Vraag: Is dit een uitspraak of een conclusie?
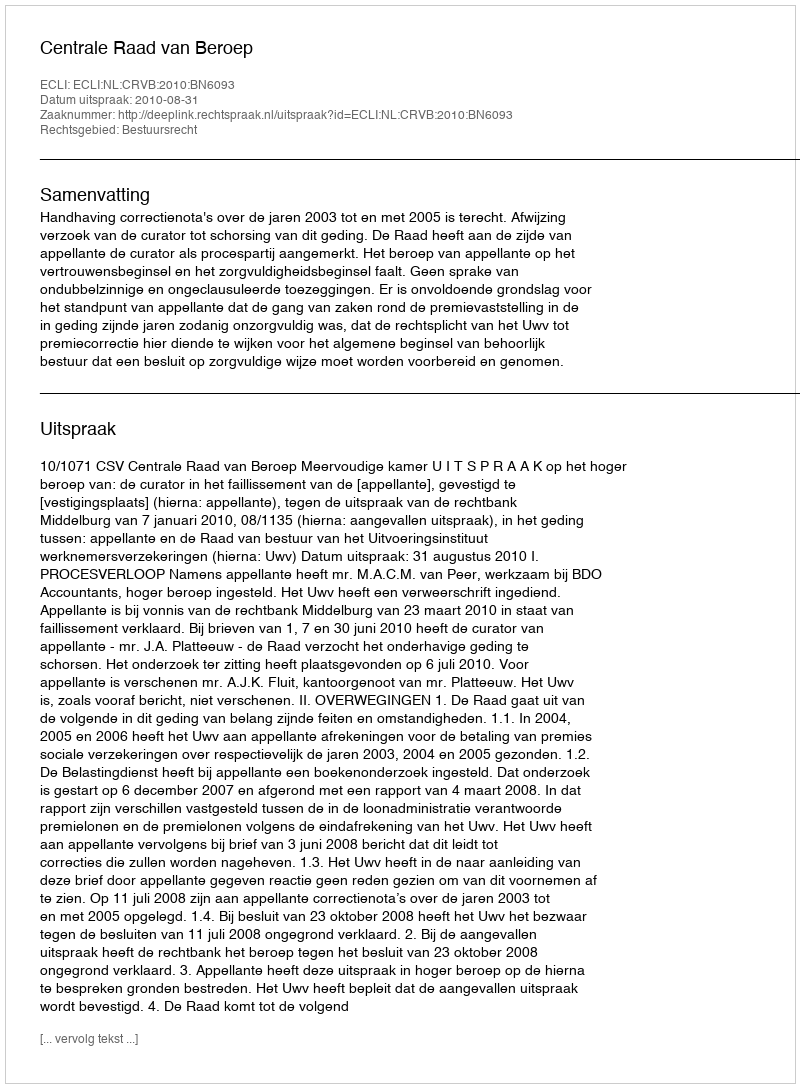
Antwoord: Uitspraak